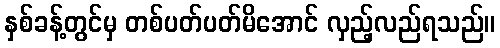
နှစ်ခန့်တွင်မှ တစ်ပတ်ပတ်မိအောင် လှည့်လည်ရသည်။